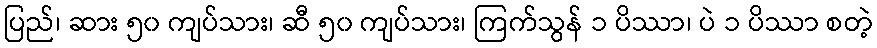
ပြည်၊ ဆား ၅၀ ကျပ်သား၊ ဆီ ၅၀ ကျပ်သား၊ ကြက်သွန် ၁ ပိဿာ၊ ပဲ ၁ ပိဿာ စတဲ့